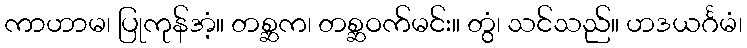
ကာဟာမ၊ ပြုကုန်အံ့။ တစ္ဆက၊ တစ္ဆဝက်မင်း။ တွံ၊ သင်သည်။ ဟဒယင်္ဂမံ၊